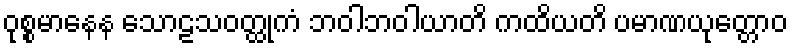
ဝုစ္စမာနေန သောဠသဝတ္ထုကံ ဘဝါဘဝါယာတိ ကထိယတိ ပမာဏယုတ္တောဝ